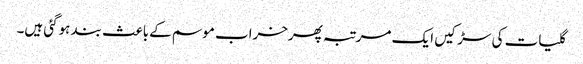
گلیات کی سڑکیں ایک مرتبہ پھرخراب موسم کےباعث بند ہوگئی ہیں۔